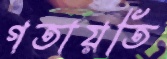
গতায়তি